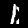
Label: 1